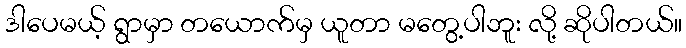
ဒါပေမယ့် ရွာမှာ တယောက်မှ ယူတာ မတွေ့ပါဘူး လို့ ဆိုပါတယ်။